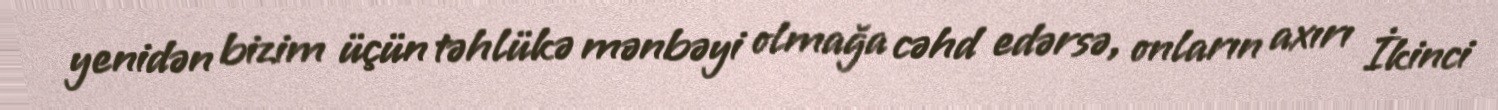
yenidən bizim üçün təhlükə mənbəyi olmağa cəhd edərsə, onların axırı İkinci